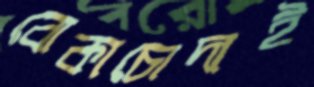
বোকাচোদাই